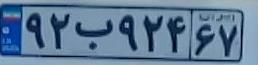
۹۲ب۹۲۴۶۷